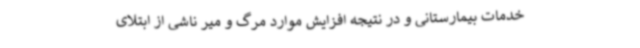
خدمات بیمارستانی و در نتیجه افزایش موارد مرگ و میر ناشی از ابتلای